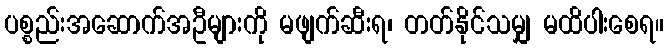
ပစ္စည်းအဆောက်အဦများကို မဖျက်ဆီးရ၊ တတ်နိုင်သမျှ မထိပါးစေရ။